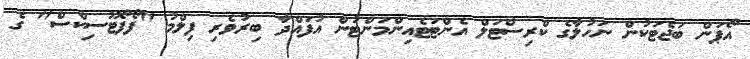
އޯޕަން ބަޖެޓަކުން ނަހުލާގެ ކްރިސްޓަލް އެންޓަޓެއިންމަންޓުން އުފައްދާ ބިރުވެރި ފިލްމު "ފޯފޯޓޫސިކްސް" ގެ